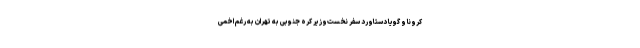
کرونا و گویا دستاورد سفر نخست‌وزیر کره جنوبی به تهران به رغم اخمی